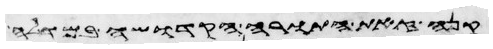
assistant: למנשה וזאת התורה אשר שם משה